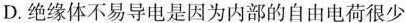
D.绝缘体不易导电是因为内部的自由电荷很少